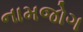
નામજોગ